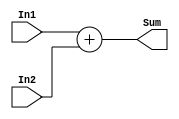
`timescale 1ns/1ns
module Adder32(input [31:0] In1,In2, output [31:0] Sum);
  assign Sum = In1 + In2;
endmodule